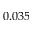
0 . 0 3 5